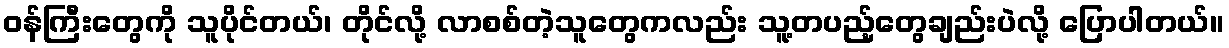
၀န်ကြီးတွေကို သူပိုင်တယ်၊ တိုင်လို့ လာစစ်တဲ့သူတွေကလည်း သူ့တပည့်တွေချည်းပဲလို့ ပြောပါတယ်။